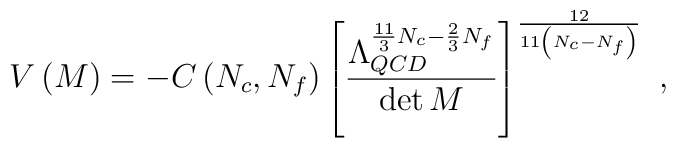
V\left(M\right)=- C\left(N_c,N_f\right)\left[\frac{\Lambda_{QCD}^{\frac{11}{3}N_c - \frac{2}{3}N_f}}{{\rm det}\, M}\right] ^{\frac{12}{11\left(N_c - N_f \right)}} \ ,